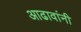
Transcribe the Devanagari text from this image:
आढावांनी